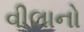
વીલાનો